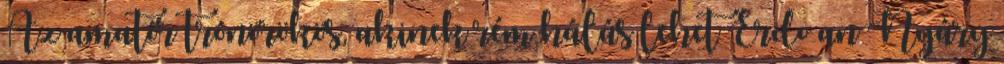
Az amatőr trónörökös, akinek rém hálás lehet Erdoğan Nyáry